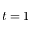
t = 1